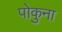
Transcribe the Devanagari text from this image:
पोकुना